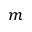
m